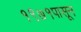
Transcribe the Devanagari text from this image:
१९७१पासून